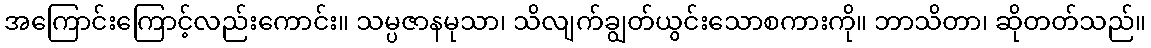
အကြောင်းကြောင့်လည်းကောင်း။ သမ္ပဇာနမုသာ၊ သိလျက်ချွတ်ယွင်းသောစကားကို။ ဘာသိတာ၊ ဆိုတတ်သည်။